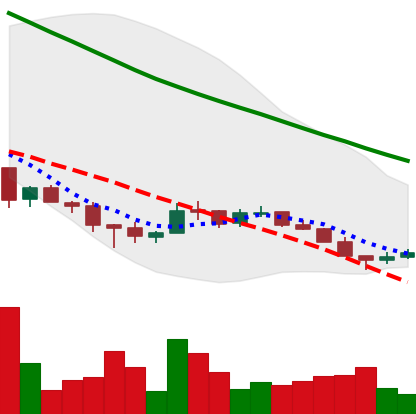
Ticker: ADA-USD
Chart end date: 2018-12-09
Forward return: -10.523%
Label: down_7plus